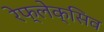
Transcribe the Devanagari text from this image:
रेफ्लेक्सिव